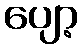
ပျော့